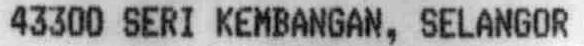
43300 SERI KEMBANGAN, SELANGOR